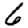
Digit: 6